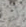
أيها